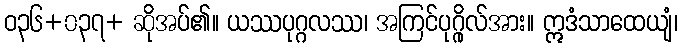
ဝ၃၆+၀၃၇+ ဆိုအပ်၏။ ယဿပုဂ္ဂလဿ၊ အကြင်ပုဂ္ဂိုလ်အား။ ဣဒံသာထေယျံ၊